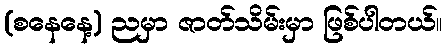
(စနေနေ့) ညမှာ ဇာတ်သိမ်းမှာ ဖြစ်ပါတယ်။